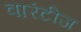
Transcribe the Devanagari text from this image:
वारंटीज